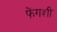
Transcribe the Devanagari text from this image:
फेंगशी